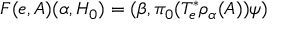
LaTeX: F ( e , A ) ( \alpha , { \cal H } _ { 0 } ) = ( \beta , \pi _ { 0 } ( T _ { e } ^ { * } \rho _ { \alpha } ( A ) ) \psi )